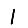
Digit: 1